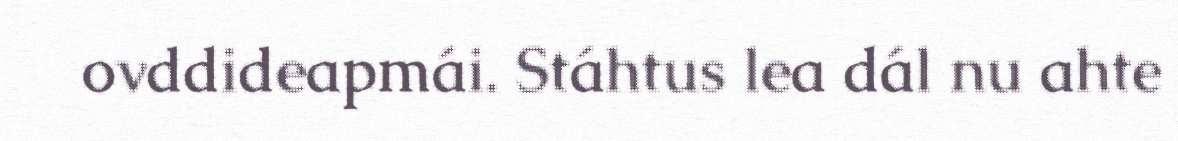
ovddideapmái. Stáhtus lea dál nu ahte